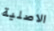
الاصلية